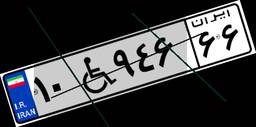
۹۲W۱۸۳۰۶